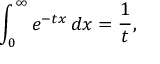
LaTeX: \int _ { 0 } ^ { \infty } e ^ { - t x } \, d x = { \frac { 1 } { t } } ,